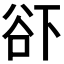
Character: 𱍜